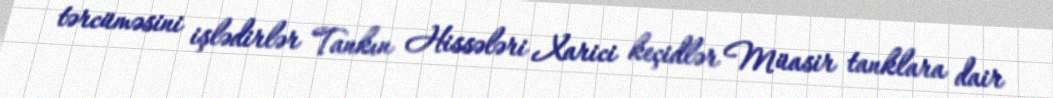
tərcüməsini işlədirlər Tankın Hissələri Xarici keçidlər Müasir tanklara dair